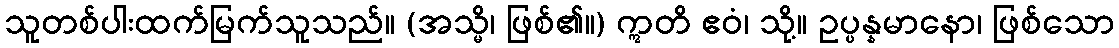
သူတစ်ပါးထက်မြက်သူသည်။ (အသ္မိ၊ ဖြစ်၏။) ဣတိ ဧဝံ၊ သို့။ ဥပ္ပန္နမာနော၊ ဖြစ်သော